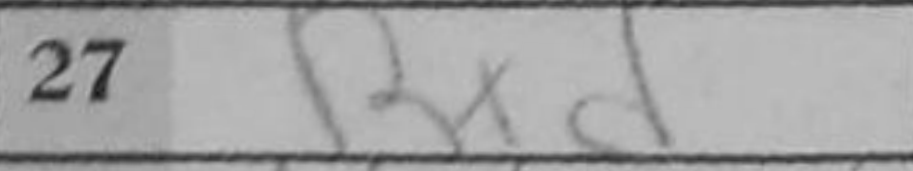
Transcription: Rxd